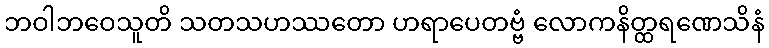
ဘဝါဘဝေသူတိ သတသဟဿတော ဟရာပေတဗ္ဗံ လောကနိတ္ထရဏေသိနံ